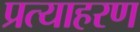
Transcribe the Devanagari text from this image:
प्रत्याहरण